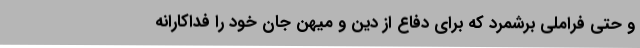
و حتی فراملی برشمرد که برای دفاع از دین و میهن جان خود را فداکارانه